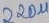
Text: 220u